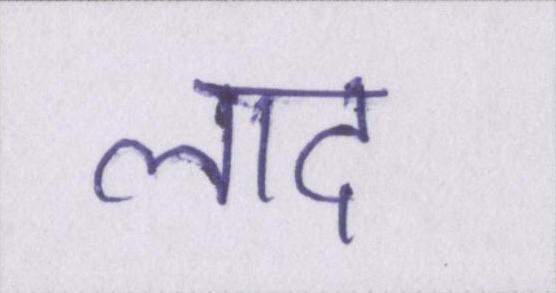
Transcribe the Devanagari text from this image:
लाद